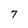
Character: 7